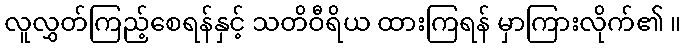
လူလွှတ်ကြည့်စေရန်နှင့် သတိဝီရိယ ထားကြရန် မှာကြားလိုက်၏ ။